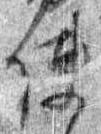
使